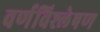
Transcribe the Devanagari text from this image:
वर्णविश्लेषण